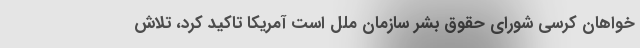
خواهان کرسی شورای حقوق بشر سازمان ملل است آمریکا تاکید کرد، تلاش‌